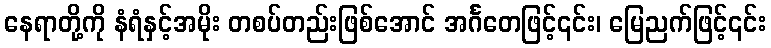
နေရာတို့ကို နံရံနှင့်အမိုး တစပ်တည်းဖြစ်အောင် အင်္ဂတေဖြင့်၎င်း၊ မြေညက်ဖြင့်၎င်း